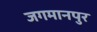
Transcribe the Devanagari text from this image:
जगमानपुर